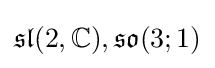
{\mathfrak {sl}}(2,\mathbb {C} ),{\mathfrak {so}}(3;1)